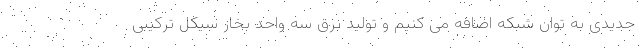
جدیدی به توان شبکه اضافه می کنیم و تولید برق سه واحد بخار سیکل ترکیبی